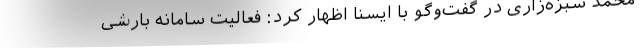
محمد سبزه‌زاری در گفت‌وگو با ایسنا اظهار کرد: فعالیت سامانه بارشی